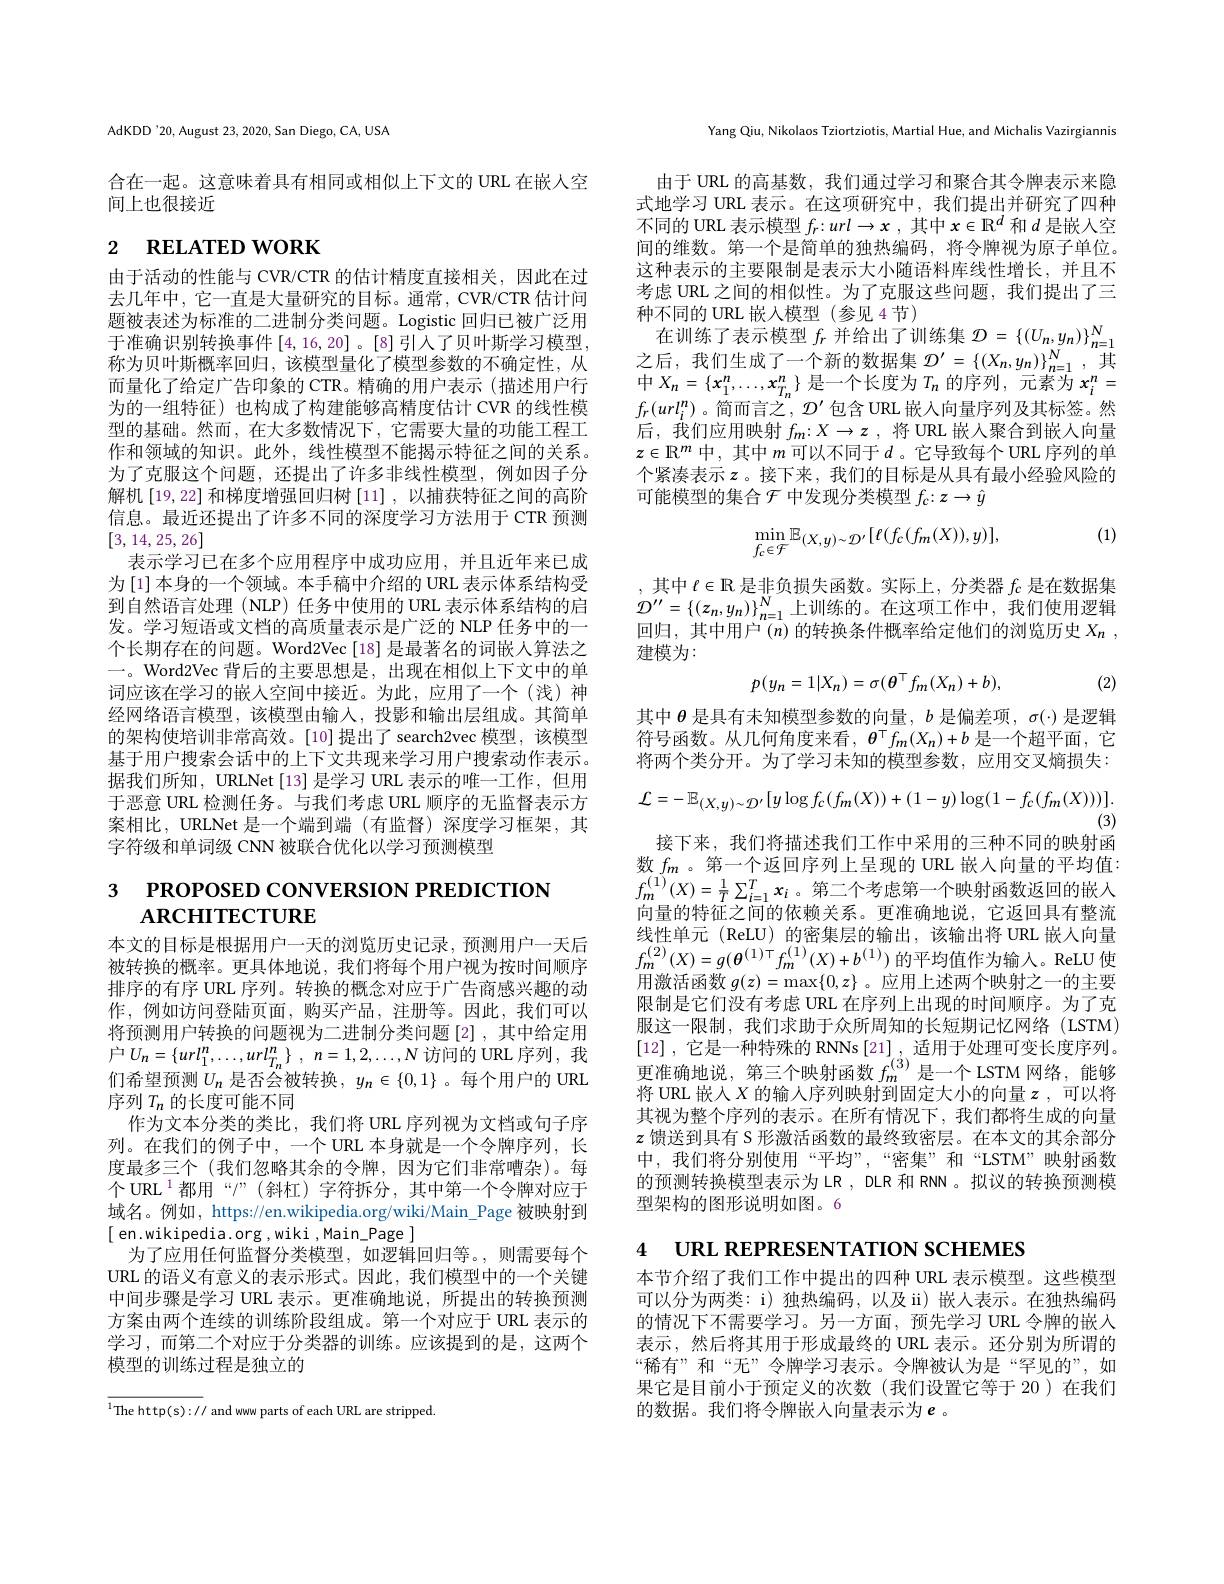
AdKDD'20, August 23, 2020, San Diego, CA, USA

合在一起。这意味着具有相同或相似上下文的 URL 在嵌人空
间上也很接近

# 2 $\textbf{RELATED WORK}$

由于活动的性能与 CVR/CTR 的估计精度直接相关，因此在过去几年中，它一直是大量研究的目标。通常，CVR/CTR 估计问题被表述为标准的二进制分类问题。Logistic 回归已被广泛用于准确识别转换事件[4,16,20] 。[8]引入了贝叶斯学习模型， 称为贝叶斯概率回归，该模型量化了模型参数的不确定性，从而量化了给定广告印象的 CTR。精确的用户表示(描述用户行为的一组特征) 也构成了构建能够高精度估计 CVR 的线性模型的基础。然而，在大多数情况下，它需要大量的功能工程工作和领域的知识。此外，线性模型不能揭示特征之间的关系。为了克服这个问题，还提出了许多非线性模型，例如因子分解机[19,22]和梯度增强回归树[11],以捕获特征之间的高阶信息。最近还提出了许多不同的深度学习方法用于 CTR 预测[3,14,25,26]
表示学习已在多个应用程序中成功应用，并且近年来已成为$\left[1\right]$本身的一个领域。本手稿中介绍的 URL 表示体系结构受到自然语言处理(NLP) 任务中使用的 URL 表示体系结构的启发。学习短语或文档的高质量表示是广泛的 NLP 任务中的一个长期存在的问题。Word2Vec[18] 是最著名的词嵌入算法之一。Word2Vec 背后的主要思想是，出现在相似上下文中的单词应该在学习的嵌人空间中接近。为此，应用了一个(浅)神经网络语言模型，该模型由输入，投影和输出层组成。其简单的架构使培训非常高效。[10]提出了 search2vec 模型，该模型基于用户搜索会话中的上下文共现来学习用户搜索动作表示。据我们所知，URLNet [13] 是学习 URL 表示的唯一工作，但用于恶意 URL 检测任务。与我们考虑 URL 顺序的无监督表示方案相比，URLNet 是一个端到端(有监督)深度学习框架，其字符级和单词级 CNN 被联合优化以学习预测模型

# PROPOSED CONVERSION PREDICTION $ARCHTECTURE$

本文的目标是根据用户一天的浏览历史记录，预测用户一天后被转换的概率。更具体地说，我们将每个用户视为按时间顺序排序的有序 URL 序列。转换的概念对应于广告商感兴趣的动作，例如访问登陆页面，购买产品，注册等。因此，我们可以将预测用户转换的问题视为二进制分类问题[2],其中给定用$\grave{P} ^{+ 1}U_{n}= \{ url_{1}^{n}, \ldots , url_{T_{n}}^{n}\}$ , $n= 1, 2, \ldots , N$访问的 URL 序列，我们希望预测$U_n$是否会被转换$,y_n\in\{0,1\}$ 。每个用户的 URL 序列$T_n$的长度可能不同
作为文本分类的类比，我们将 URL 序列视为文档或句子序列。在我们的例子中，一个 URL 本身就是一个令牌序列，长度最多三个(我们忽略其余的令牌，因为它们非常嘈杂)。每个 URL $^1$都用“$/”($斜杠)字符拆分，其中第一个令牌对应于域名。例如，https://en.wikipedia.org/wiki/Main\_Page 被映射到[ en.wikipedia.org ,wiki ,Main\_Page]
为了应用任何监督分类模型，如逻辑回归等。,则需要每个URL 的语义有意义的表示形式。因此，我们模型中的一个关键中间步骤是学习 URL 表示。更准确地说，所提出的转换预测方案由两个连续的训练阶段组成。第一个对应于 URL 表示的学习，而第二个对应于分类器的训练。应该提到的是，这两个模型的训练过程是独立的

${^{1}\mathrm{The~http(s)://~and~www~parts~of~each~URL~are~stripped.}}$

Yang Qiu, Nikolaos Tziortziotis, Martial Hue, and Michalis Vazirgiannis

由于 URL 的高基数，我们通过学习和聚合其令牌表示来隐式地学习 URL 表示。在这项研究中，我们提出并研究了四种不同的 URL 表示模型$f_r{:}url\to x$,其中$x\in\mathbb{R}^d$和$d$是嵌人空间的维数。第一个是简单的独热编码，将令牌视为原子单位。这种表示的主要限制是表示大小随语料库线性增长，并且不考虑 URL 之间的相似性。为了克服这些问题，我们提出了三种不同的 URL 嵌入模型 (参见 4 节)
在训练了表示模型$f_r$并给出了训练集$\mathcal{D}=\{(U_n,y_n)\}_n=1^N$ $\begin{array}{l}{\text{之后，我们生成了一个新的数据集}\mathcal{D}^{\prime}=\{(X_{n},y_{n})\}_{n=1}^{N},\text{其}}\\{\text{中 }X_{n}=\{x_{1}^{n},\ldots,x_{{T_{n}}}^{n}\}\text{ 是一个长度为 }T_{n}\text{ 的序列},\text{ 元素为 }x_{i}^{n}=}\end{array}$ $f_r(url_i^n)$。简而言之$,\mathcal{D}^\prime$包含 URL 嵌入向量序列及其标签。然后，我们应用映射$f_m{:}X\to z$ ,将 URL 嵌入聚合到嵌人向量$z\in\mathbb{R}^m$中，其中$m$可以不同于$d$ 。它导致每个 URL 序列的单个紧凑表示$z$。接下来，我们的目标是从具有最小经验风险的可能模型的集合$\mathcal{F}$ 中发现分类模型 $f_c:\boldsymbol{z}\to\hat{y}$
$$\min_{f_{c}\in\mathcal{F}}\mathbb{E}_{(X,y)\sim\mathcal{D}^{\prime}}[\ell(f_{c}(f_{m}(X)),y)],$$
(1)

,其中$\ell\in\mathbb{R}$是非负损失函数。实际上，分类器$f_c$是在数据集$\mathcal{D}^{\prime\prime}=\left\{(z_{n},y_{n})\right\}_{n=1}^{N}$上训练的。在这项工作中，我们使用逻辑回归，其中用户$^{( n) \text{ 的 转 换 条 件 概 率 给 定 他 们 的 浏 览 历 史 }X_n}$ , 建模为：
$$p(y_{n}=1|X_{n})=\sigma(\theta^{\top}f_{m}(X_{n})+b),$$
(2)
$$\mathcal{L}=-\:\mathbb{E}_{(X,y)\sim\mathcal{D}^{\prime}}[y\log f_{c}(f_{m}(X))+(1-y)\log(1-f_{c}(f_{m}(X)))].$$
(3)
接下来，我们将描述我们工作中采用的三种不同的映射函

其中$\theta$是具有未知模型参数的向量$,b$是偏差项$,\sigma(\cdot)$是逻辑符号函数。从几何角度来看，$\boldsymbol{\theta}^{\top}f_m(X_n)+b$是一个超平面，它将两个类分开。为了学习未知的模型参数，应用交叉熵损失： 向量的特征之间的依赖关系。更准确地说，它返回具有整流线性单元 (ReLU) 的密集层的输出，该输出将 URL 嵌人向量$f_{m}^{(2)}(X)=g(\boldsymbol{\theta}^{(1)\top}f_{m}^{(1)}(X)+b^{(1)})$的平均值作为输入。ReLU 使用激活函数$g(z)=\max\{0,z\}$ 。应用上述两个映射之一的主要限制是它们没有考虑 URL 在序列上出现的时间顺序。为了克服这一限制，我们求助于众所周知的长短期记忆网络(LSTM) [12] ,它是一种特殊的 RNNs [21] , 适用于处理可变长度序列。更准确地说，第三个映射函数$f_m^{(3)}$是一个 LSTM 网络，能够将 URL 嵌入$X$ 的输人序列映射到固定大小的向量$z$,可以将其视为整个序列的表示。在所有情况下，我们都将生成的向量$z$馈送到具有 S 形激活函数的最终致密层。在本文的其余部分中，我们将分别使用“平均”,“密集”和“LSTM”映射函数的预测转换模型表示为LR , DLR 和 RNN。拟议的转换预测模型架构的图形说明如图。6

4 URL REPRESENTATION SCHEMES

本节介绍了我们工作中提出的四种 URL 表示模型。这些模型可以分为两类：i) 独热编码，以及 ii) 嵌人表示。在独热编码的情况下不需要学习。另一方面，预先学习 URL 令牌的嵌人表示，然后将其用于形成最终的 URL 表示。还分别为所谓的“稀有”和“无”令牌学习表示。令牌被认为是“罕见的”,如果它是目前小于预定义的次数(我们设置它等于 20)在我们的数据。我们将令牌嵌入向量表示为$e$ 。